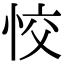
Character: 恔